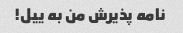
نامه پذیرش من به ییل!